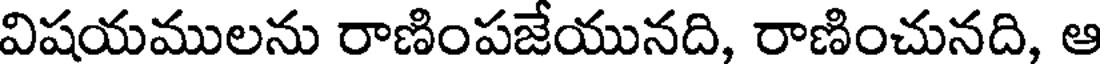
విషయములను రాణింపజేయునది, రాణించునది, ఆ